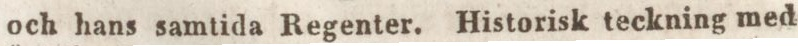
och hans samtida Regenter. Historisk teckning med